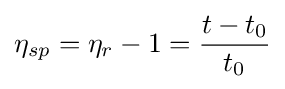
\eta _{sp}=\eta _{r}-1={\frac {t-t_{0}}{t_{0}}}